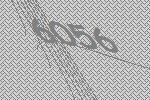
6056